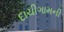
દાચીગામની